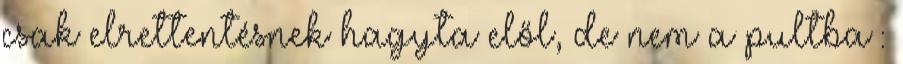
csak elrettentésnek hagyta elől, de nem a pultba :